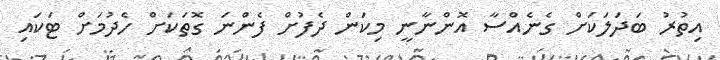
އިތުރު ބަދަލަކަށް ގެނެއްސާ އޮންނާނީ މިކަން ދެފުށް ފެންނަ ގޮތަކަށް ހެދުމަށް ޓަކައި